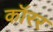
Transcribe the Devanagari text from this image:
कॉरर